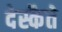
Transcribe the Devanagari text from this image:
देस्कैते